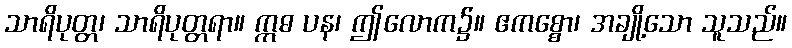
သာရိပုတ္တ၊ သာရိပုတ္တရာ။ ဣဓ ပန၊ ဤလောက၌။ ဧကစ္စော၊ အချို့သော သူသည်။